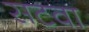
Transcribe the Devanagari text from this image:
सटवा